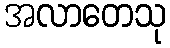
အလာတေသု